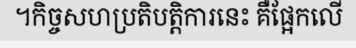
។កិច្ចសហប្រតិបត្តិការនេះ គឺផ្អែកលើ